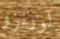
لورنزو